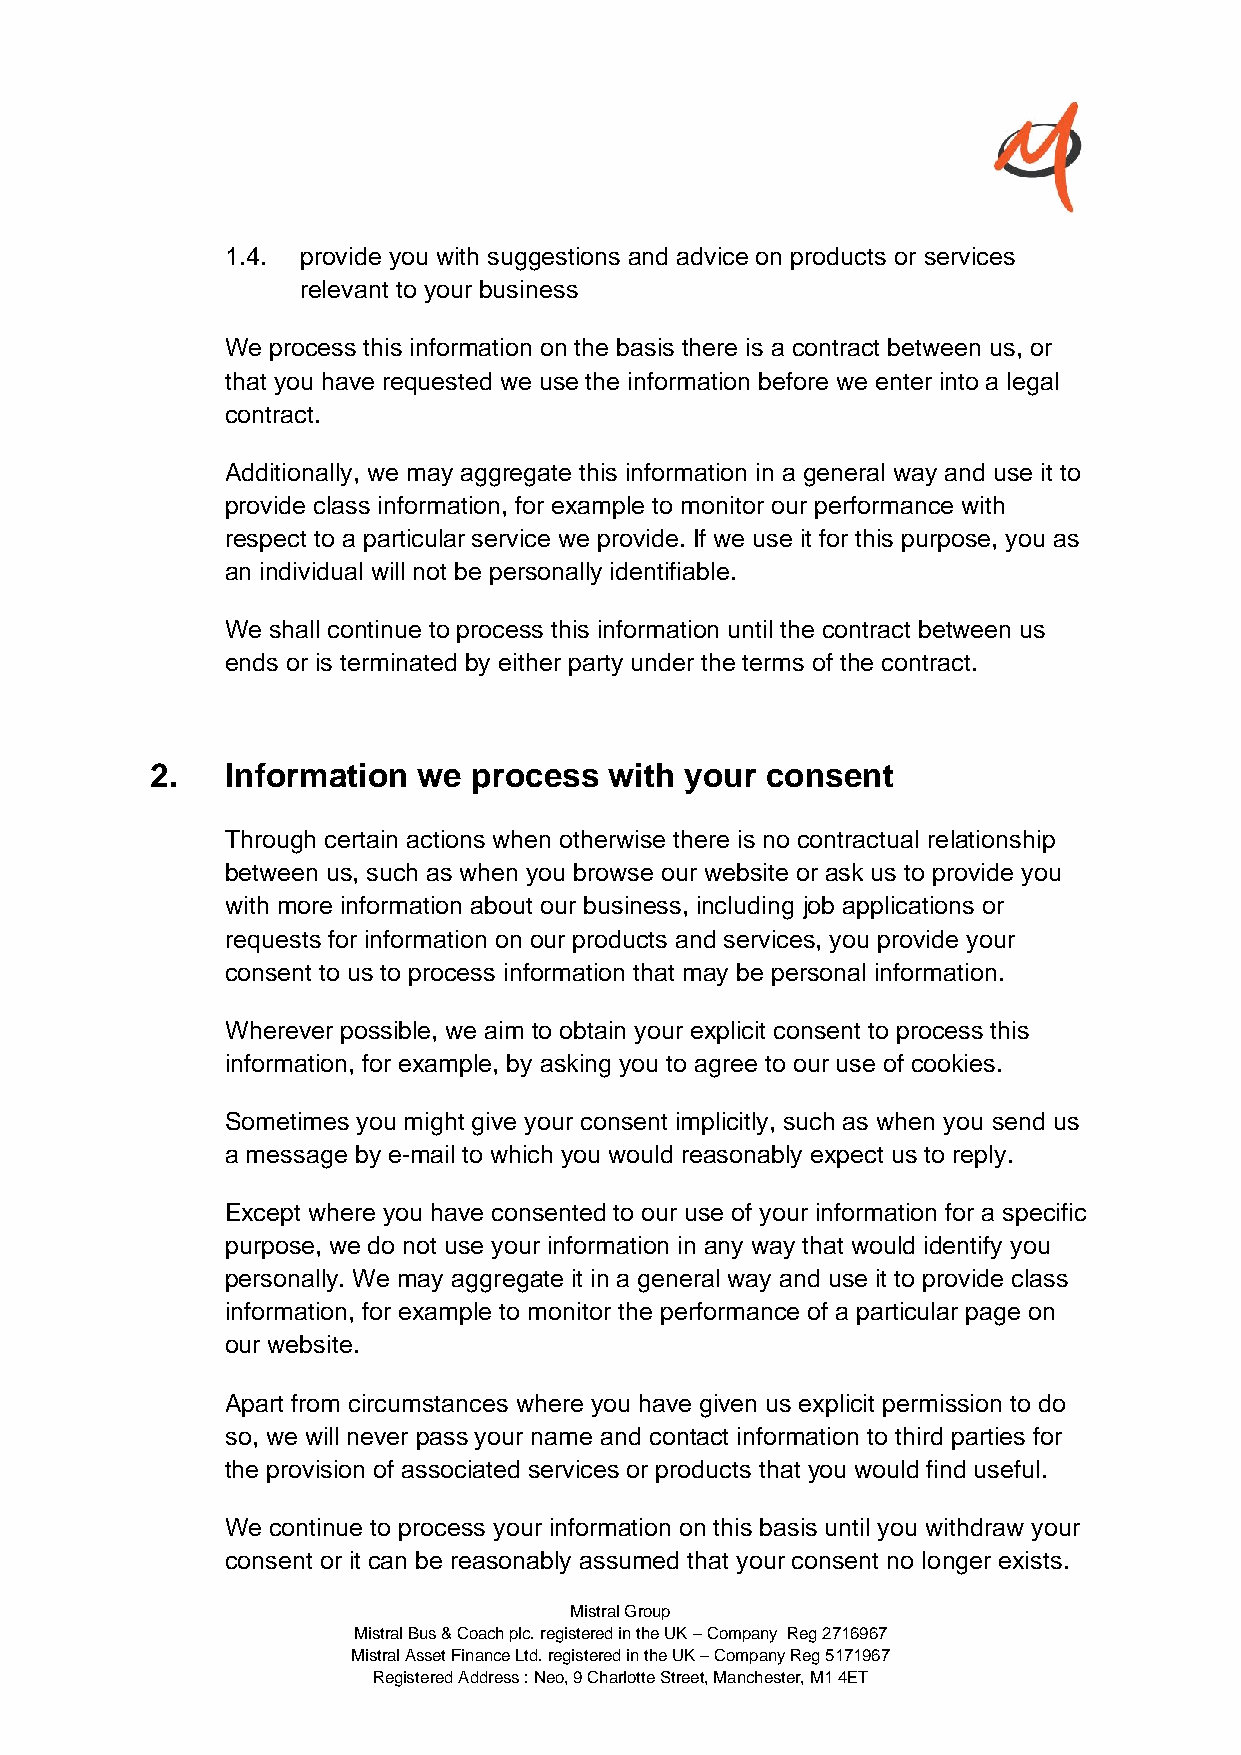
1.4. provide you with suggestions and advice on products or services
 relevant to your business
 We process this information on the basis there is a contract between us, or
 that you have requested we use the information before we enter into a legal
 contract.
 Additionally, we may aggregate this information in a general way and use it to
 provide class information, for example to monitor our performance with
 respect to a particular service we provide. If we use it for this purpose, you as
 an individual will not be personally identifiable.
 We shall continue to process this information until the contract between us
 ends or is terminated by either party under the terms of the contract.
 2.   Information  we process  with your  consent
 Through certain actions when otherwise there is no contractual relationship
 between us, such as when you browse our website or ask us to provide you
 with more information about our business, including job applications or
 requests for information on our products and services, you provide your
 consent to us to process information that may be personal information.
 Wherever possible, we aim to obtain your explicit consent to process this
 information, for example, by asking you to agree to our use of cookies.
 Sometimes you might give your consent implicitly, such as when you send us
 a message by e-mail to which you would reasonably expect us to reply.
 Except where you have consented to our use of your information for a specific
 purpose, we do not use your information in any way that would identify you
 personally. We may aggregate it in a general way and use it to provide class
 information, for example to monitor the performance of a particular page on
 our website.
 Apart from circumstances where you have given us explicit permission to do
 so, we will never pass your name and contact information to third parties for
 the provision of associated services or products that you would find useful.
 We continue to process your information on this basis until you withdraw your
 consent or it can be reasonably assumed that your consent no longer exists.
 Mistral Group
 Mistral Bus & Coach plc. registered in the UK – Company Reg 2716967
 Mistral Asset Finance Ltd. registered in the UK – Company Reg 5171967
 Registered Address : Neo, 9 Charlotte Street, Manchester, M1 4ET